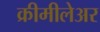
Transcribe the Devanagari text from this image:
क्रीमीलेअर